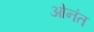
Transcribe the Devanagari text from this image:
ओनंत